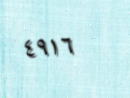
٤٩١٦